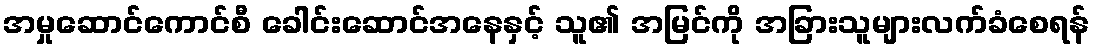
အမှုဆောင်ကောင်စီ ခေါင်းဆောင်အနေနှင့် သူ၏ အမြင်ကို အခြားသူများလက်ခံစေရန်